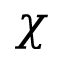
\chi